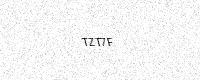
Text: TZT7F